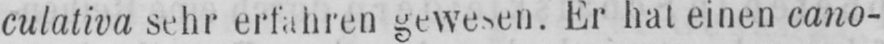
Er hat einen cano-